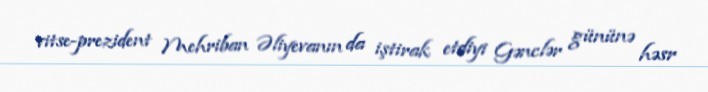
vitse-prezident Mehriban Əliyevanın da iştirak etdiyi Gənclər gününə həsr